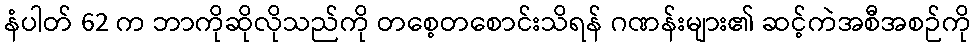
နံပါတ် 62 က ဘာကိုဆိုလိုသည်ကို တစေ့တစောင်းသိရန် ဂဏန်းများ၏ ဆင့်ကဲအစီအစဉ်ကို